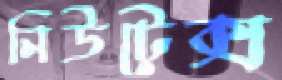
নিউটেক্স